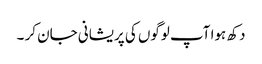
دکھ ہوا آپ لوگوں کی پریشانی جان کر ۔